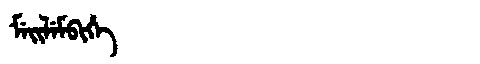
Manchu: ᠮᡝᡳᠯᡝᠮᠪᡳᡥᡝ
Romanization: MEILEMBIHE